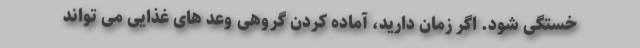
خستگی شود. اگر زمان دارید، آماده کردن گروهی وعد های غذایی می تواند